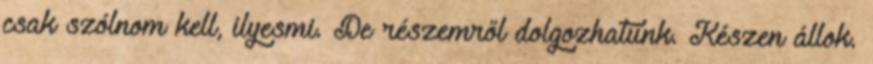
csak szólnom kell, ilyesmi. De részemről dolgozhatunk. Készen állok.